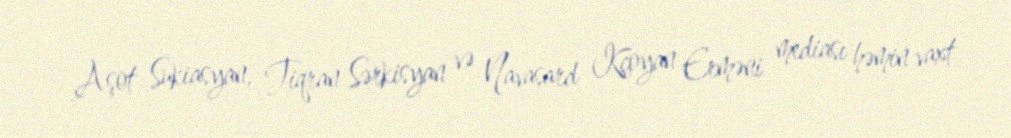
Aşot Sukiasyan, Tiqran Sərkisyan və Navasard Kçoyan Erməni mediası həmin vaxt